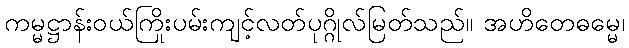
ကမ္မဋ္ဌာန်းဝယ်ကြိုးပမ်းကျင့်လတ်ပုဂ္ဂိုလ်မြတ်သည်။ အဟိတေဓမ္မေ၊